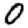
Digit: 0